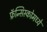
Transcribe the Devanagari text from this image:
फ्रॅन्सिस्कोमध्ये